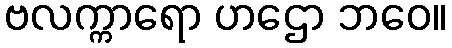
ဗလက္ကာရော ဟဌော ဘဝေ။